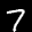
Label: 7